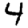
Digit: 4